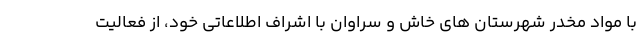
با مواد مخدر شهرستان های خاش و سراوان با اشراف اطلاعاتی خود، از فعالیت